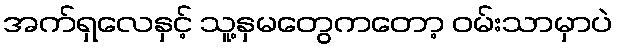
အက်ရှလေနှင့် သူ့နှမတွေကတော့ ဝမ်းသာမှာပဲ